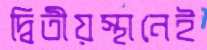
দ্বিতীয়স্থানেই